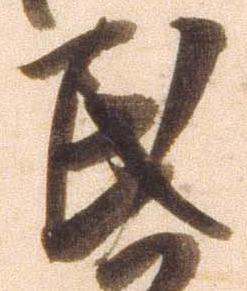
民